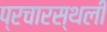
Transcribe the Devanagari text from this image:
प्रचारस्‍थली